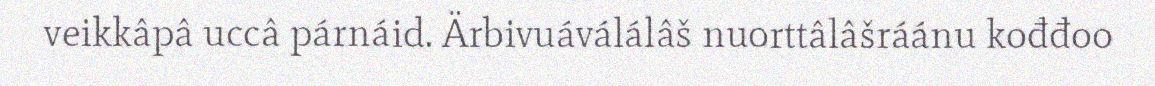
veikkâpâ uccâ párnáid. Ärbivuáválálâš nuorttâlâšráánu kođđoo